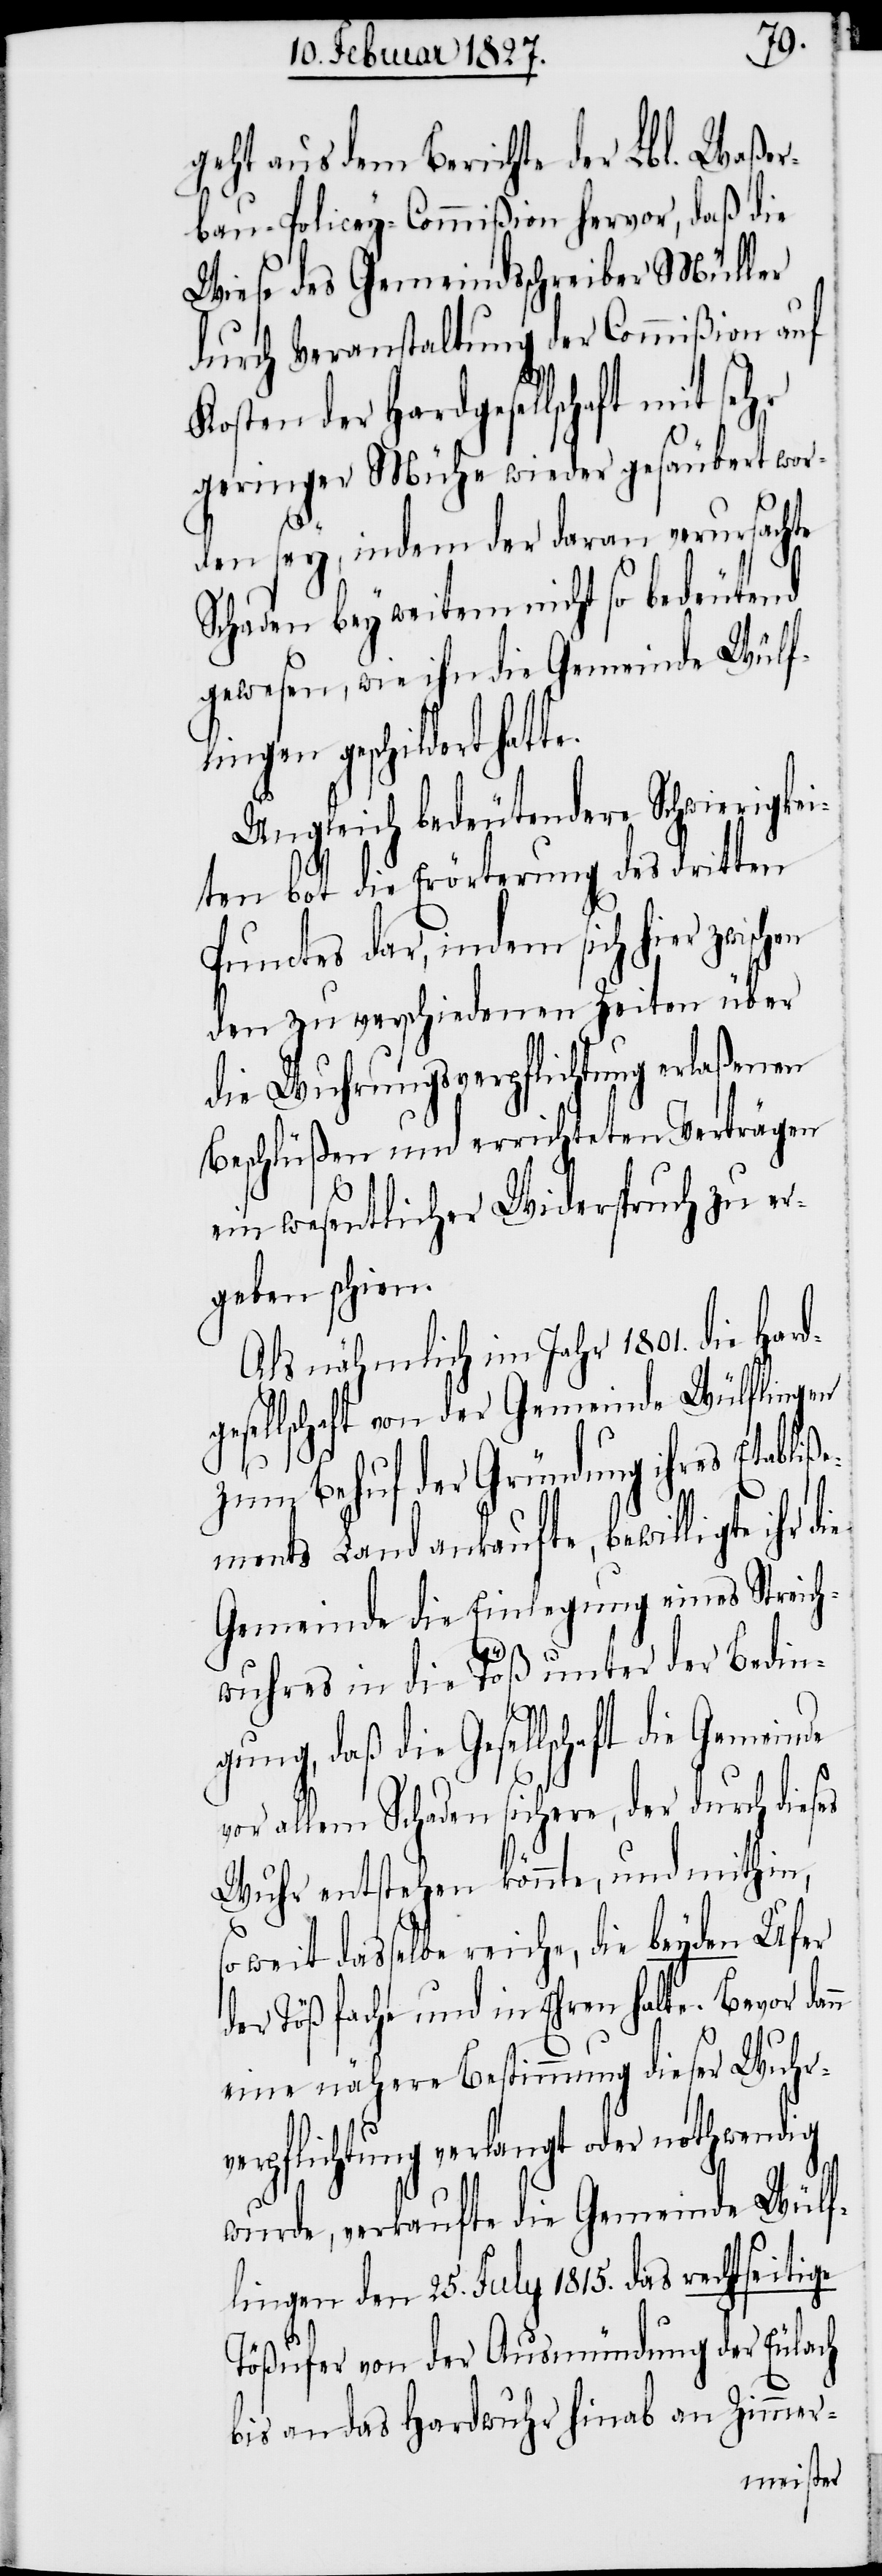
ver¬
geht aus dem Berichte der Lbl. Waßer¬
bau-Policey-Commißion hervor, daß die
Wiese des Gemeindsschreiber Müller
durch Veranstaltung der Commißion auf
n
Kosten der Hardgesellschaft mit sehr
geringer Mühe wieder gesäubert wor¬
den sey, indem der daran verursachte
Schaden bey weitem nicht so bedeutend
gewesen, wie ihn die Gemeinde Wülf¬
lingen geschildert hat¬
Ungleich bedeutendere Schwierigkei¬
ten bot die Erörterung des dritten
Punctes dar, indem sich hier zwischen
den zu verschiedenen Zeiten über
die Wuhrungsverpflichtung erlaßenen
Beschlüßen und errichteten Verträgen
ein wesentlicher Widerspruch zu er¬
geben schien.
Als nähmlich im Jahr 1801. die Hard¬
esellschaft von der Gemeinde Wülflingen
zum Behuf der Gründung ihres Etabli¬
ßements Land ankaufte, bewilligte ihr die
Gemeinde die Einlegung eines Streich¬
wuhres in die Töß unter der Bedin¬
gung, daß die Gesellschaft die Gemeinde
g¬
vor allem Schaden sichere, der durch dieses
Wuhr entstehen könnte, und mithin,
soweit dasselbe reiche, die beyden Ufer
der Töß fache und in Ehren halte. Bevor dan¬
eine nähere Bestimmung dieser Wuhr¬
pflichtung verlangt oder nothwendig
wurde, verkaufte die Gemeinde Wülf¬
lingen den 25. July 1815. das rechtseitige
Tößufer von der Ausmündung der Eulach
bis an das Hardwuhr hinab an Zimmer